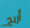
أربح